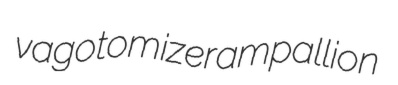
vagotomize rampallion